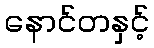
နောင်တနှင့်